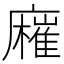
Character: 𢋬